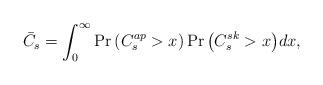
LaTeX: \begin{align*}{\bar C_s} = \int_0^\infty { \Pr\left(C_s^{ap}>x\right)\Pr\left({C_s^{sk}}>x\right)} dx,\end{align*}